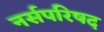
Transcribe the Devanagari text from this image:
नर्सपरिषद